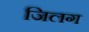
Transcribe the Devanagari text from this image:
जिलग